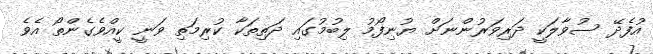
އުފެދޭ ސުވާލަކީ ދަރިވަރުންނަށް ޔުނިފޯމު ލިބުމުގައި ދަތިތަކާ ކުރިމަތި ވަނީ ކީއްވެގެންތޯ އެވެ